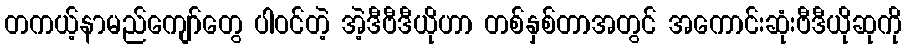
တကယ့်နာမည်ကျော်တွေ ပါဝင်တဲ့ အဲ့ဒီဗီဒီယိုဟာ တစ်နှစ်တာအတွင် အကောင်းဆုံးဗီဒီယိုဆုကို